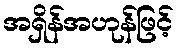
အရှိန်အဟုန်ဖြင့်